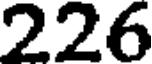
226